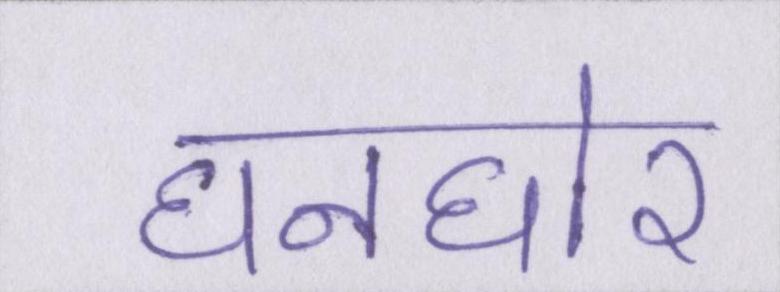
घनघोर